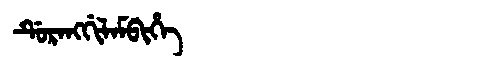
Manchu: ᡩᡠᡵᠠᠩᡤᡳᠯᠠᠮᠪᡳᡥᡝ
Romanization: DURANGGILAMBIHE